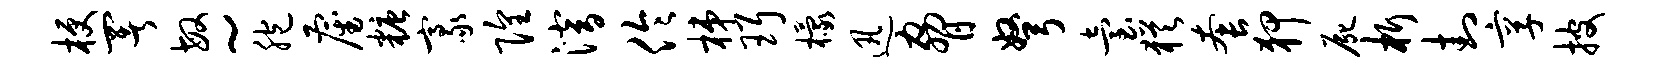
梗署敏~胞雇糖豪隍潜伶梯珥檬迅胁弩台犹套狎尸析封享披